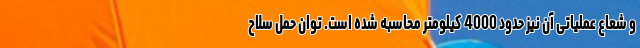
و شعاع عملیاتی آن نیز حدود 4000 کیلومتر محاسبه شده است. توان حمل سلاح